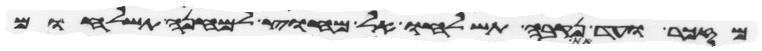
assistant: מזכר ועד נקבה תשלחו אל מחוץ למחנה תשלחום